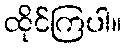
ထိုင်ကြပါ။